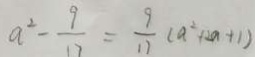
a ^ { 2 } - \frac { 9 } { 1 7 } = \frac { 9 } { 1 7 } ( a ^ { 2 } + 2 a + 1 )